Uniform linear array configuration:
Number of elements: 16
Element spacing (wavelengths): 0.5
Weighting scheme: kaiser
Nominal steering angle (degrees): -15
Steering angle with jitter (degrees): -13.969
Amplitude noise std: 0.05
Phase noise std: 0.05

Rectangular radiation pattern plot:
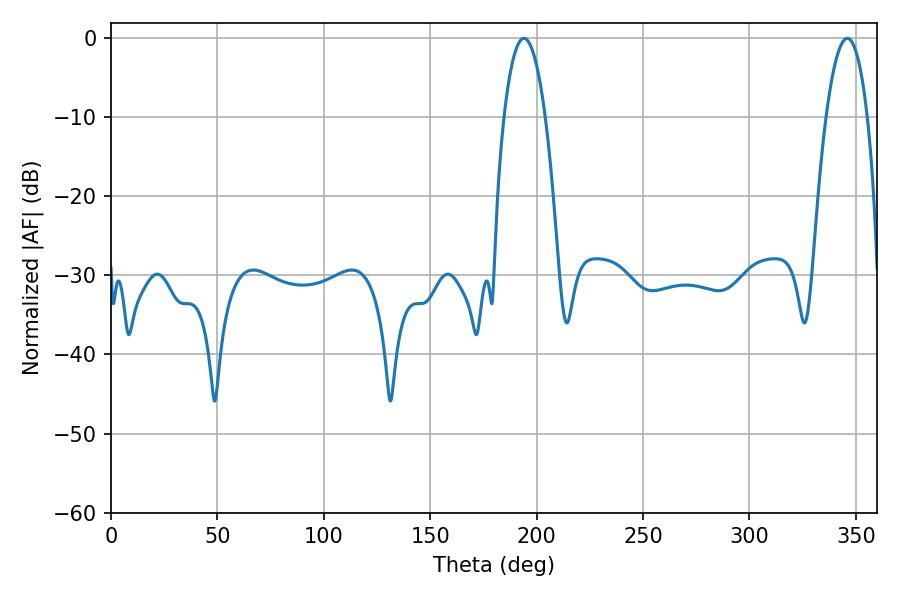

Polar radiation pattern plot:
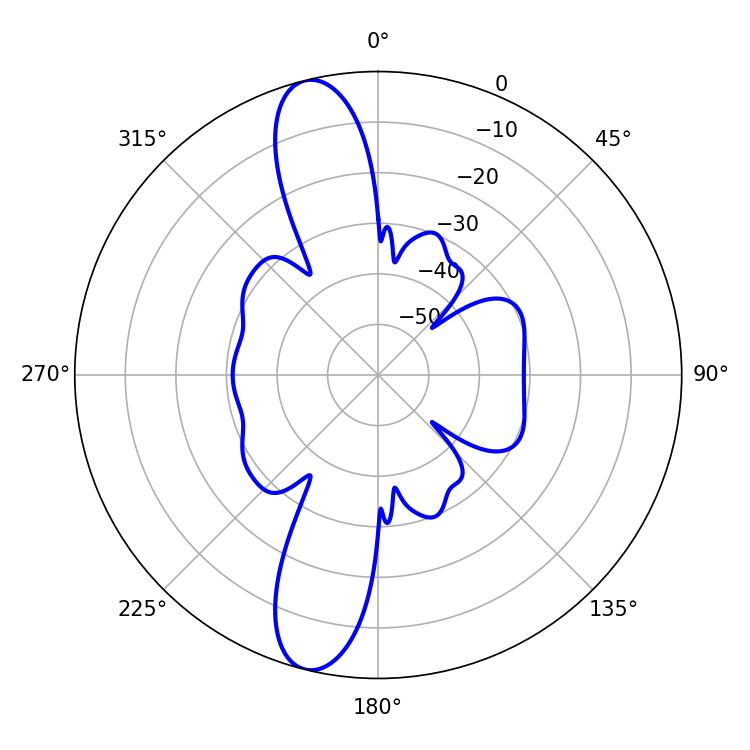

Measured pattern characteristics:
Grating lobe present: FALSE
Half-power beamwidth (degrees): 10.62
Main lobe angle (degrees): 194.04